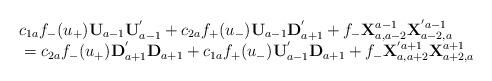
LaTeX: \begin{align*}\begin{array}{l}c_{1a}f_{-}(u_{+}){\bf U}_{a-1}{\bf U}_{a-1}^{'}+c_{2a}f_{+}(u_{-}){\bf U}_{a-1}{\bf D}_{a+1}^{'}+f_{-}{\bf X}^{a-1}_{a,a-2}{\bf X}^{'a-1}_{a-2,a}\\\mbox{}=c_{2a}f_{-}(u_{+}){\bf D}_{a+1}^{'}{\bf D}_{a+1}+c_{1a}f_{+}(u_{-}){\bf U}_{a-1}^{'}{\bf D}_{a+1}+f_{-}{\bf X}^{'a+1}_{a,a+2}{\bf X}^{a+1}_{a+2,a}\end{array}\end{align*}